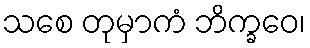
သစေ တုမှာကံ ဘိက္ခဝေ၊